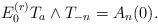
LaTeX: \begin{align*}E_0^{(r)}T_a\wedge T_{-n}=A_n(0).\end{align*}